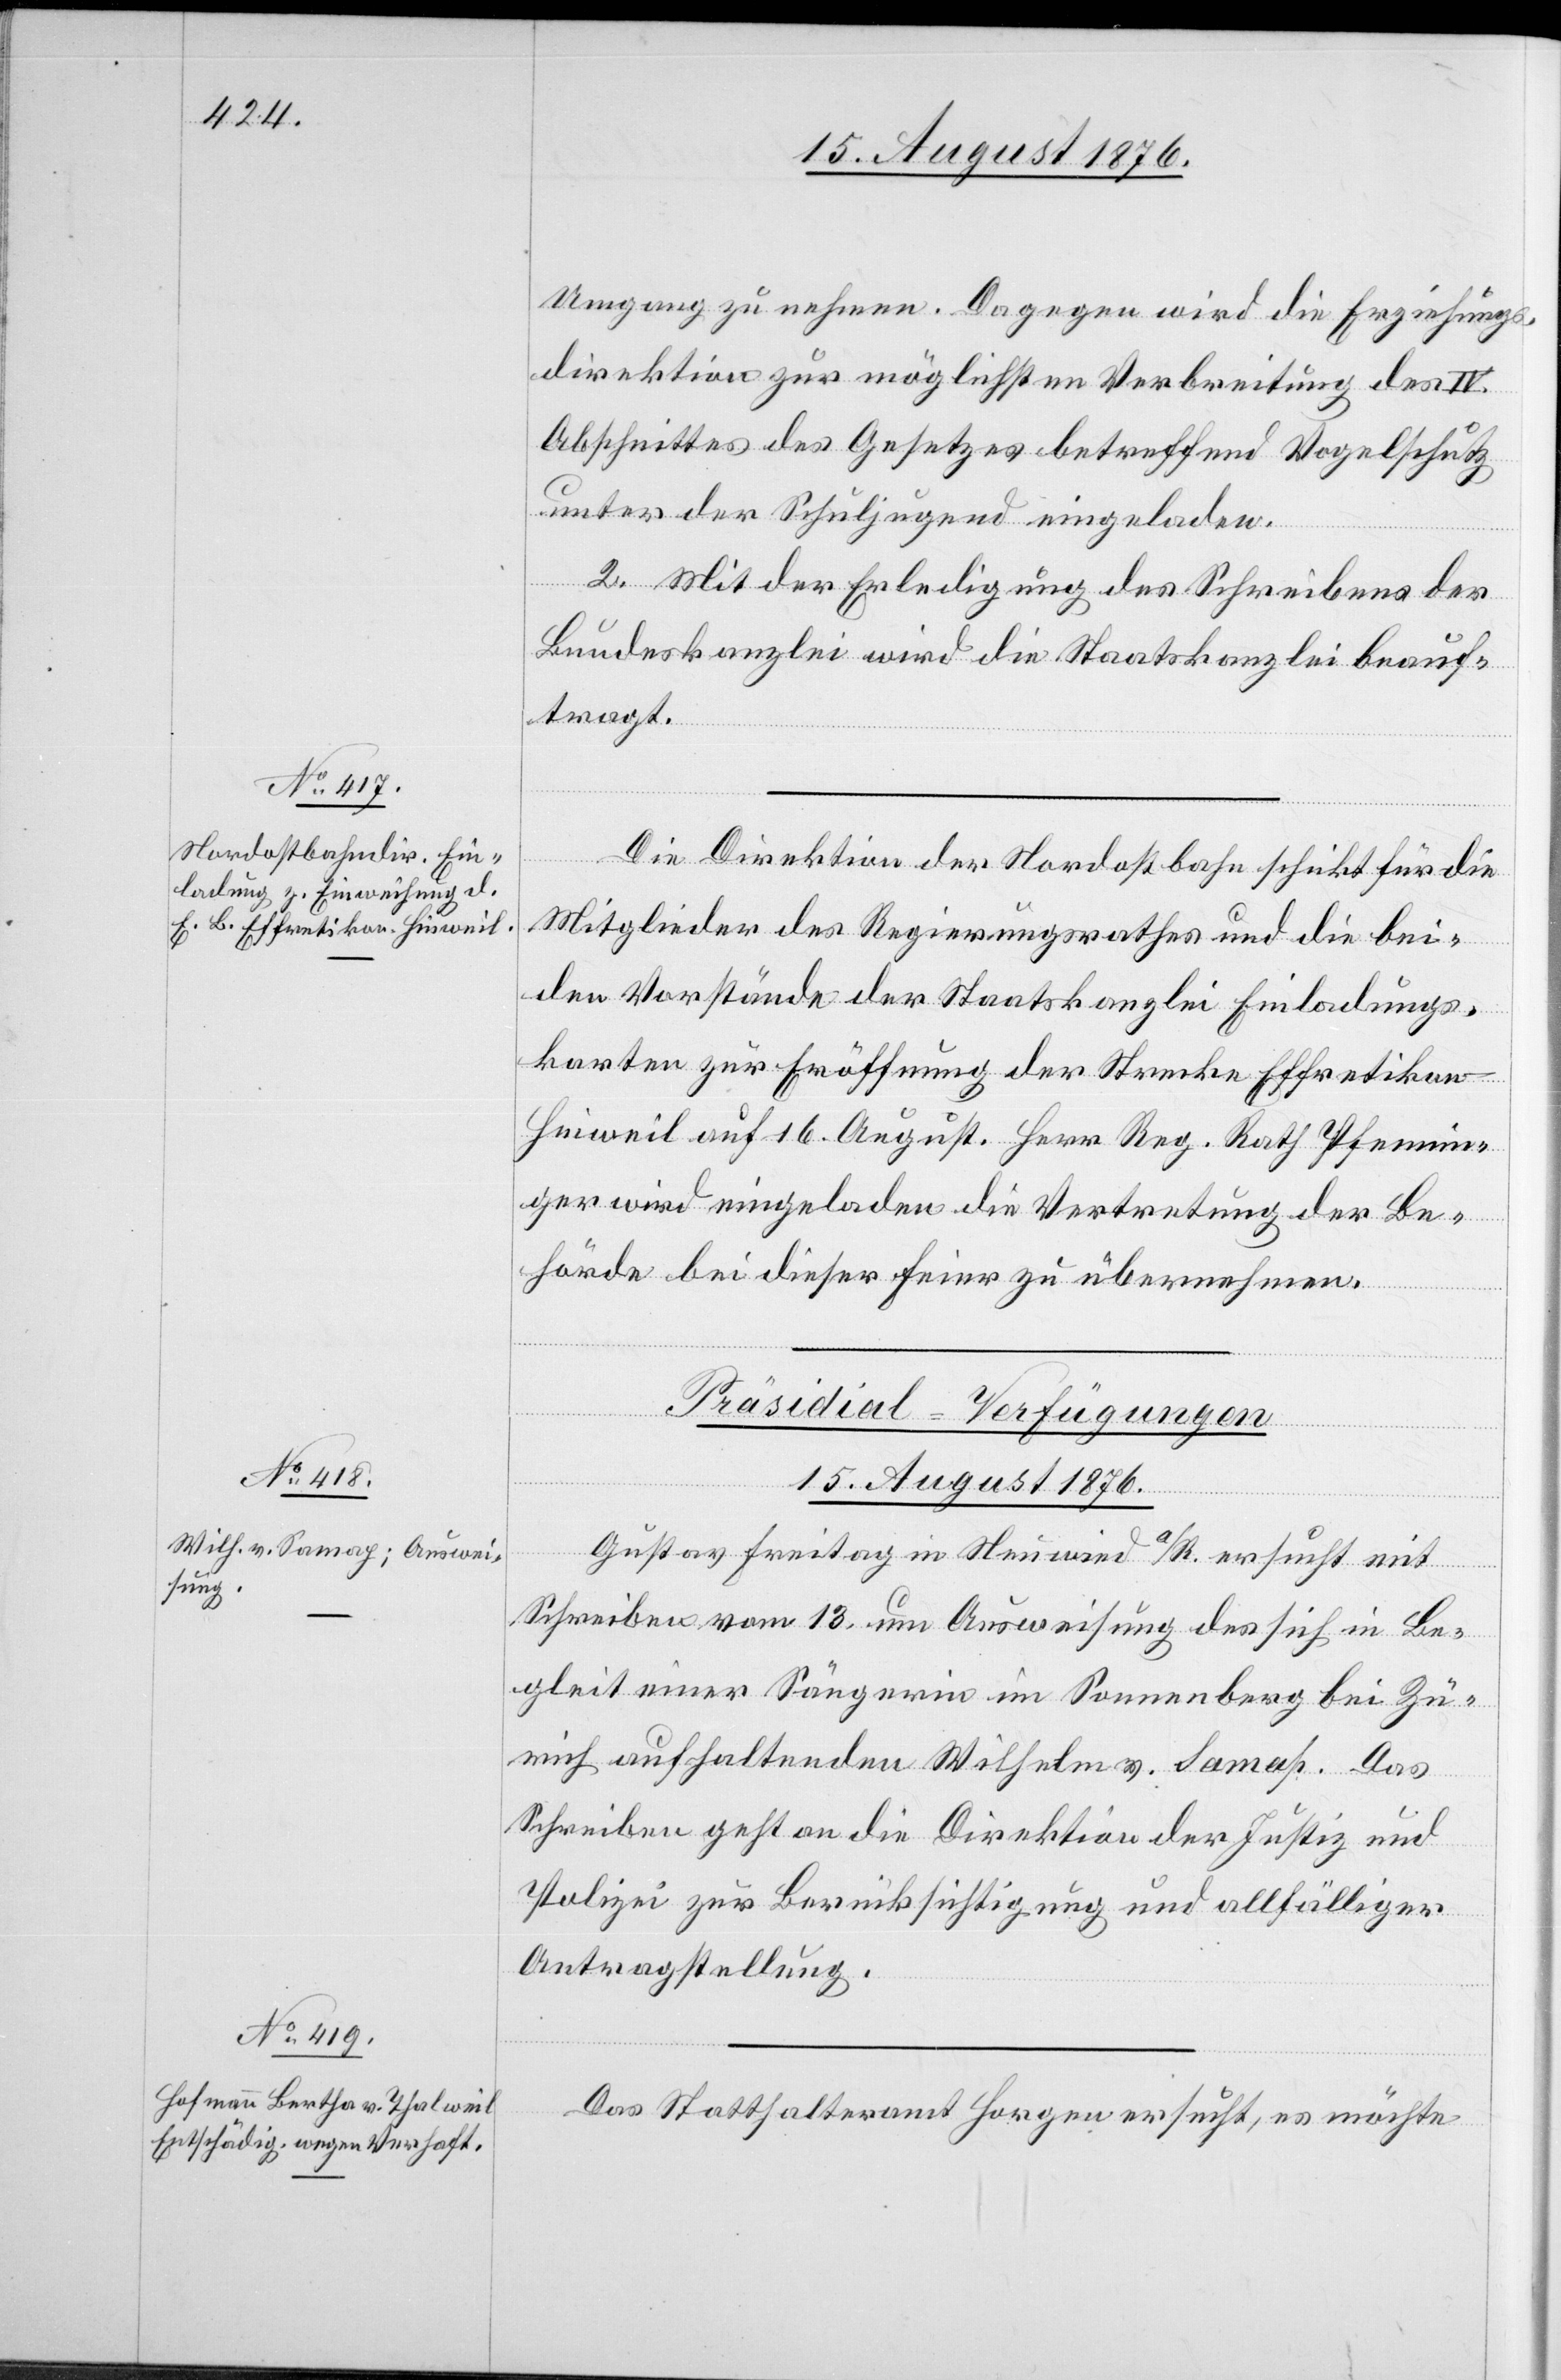
Umgang zu nehmen. Dagegen wird die Erziehungs¬
direktion zur möglichsten Verbreitung des IV.
Abschnittes des Gesetzes betreffend Vogelschutz
unter der Schuljugend eingeladen.
2. Mit Erledigung des Schreibens der
Bundeskanzlei wir die Staatskanzlei beauf¬
tragt.
Die Direktion der Nordostbahn schickt für die
Mitglieder des Regierungsrathes und die bei¬
den Vorstände der Staatskanzlei Einladungs¬
karten zur Eröffnung der Strecke Effretiko¬
n––Hinweil auf 16. August. Herr Reg. Rath Pfennin¬
ger wird eingeladen die Vertretung der Be¬
hörde bei dieser Feier zu übernehmen.
[Präsidial-Verfügungen
15. August 1876.]
Gustav Freitag in Neuwied a/R. ersucht mit
Schrieben vom 13. um Ausweisung des sich in Be¬
gleit einer Sängerin im Sonnenberg bei Zü¬
rich aufhaltenden Wilhelm v. Samas [sic!]. Das
Schreiben geht an die Direktion der Justiz und
Polizei zur Berücksichtigung und allfälliger
Antragstellung.
Das Statthalteramt Horgen ersucht, es möchte